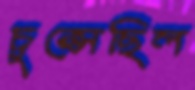
চুপ্‌সেছিল